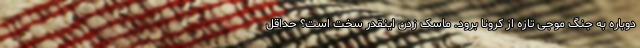
دوباره به جنگ موجی تازه از کرونا برود. ماسک زدن اینقدر سخت است؟ حداقل